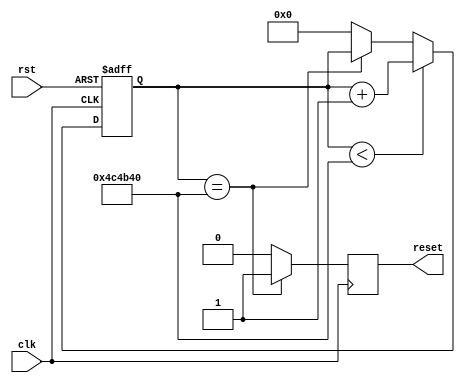
module internal_reset(
	input rst,
    input        clk,
    output reg   reset
);
parameter cnt_cmp = 24'd5000000;
reg [23:0] clk_cnt;

always @(posedge clk or negedge rst) begin
	 if(!rst)
		clk_cnt <= 0;
    else if(clk_cnt < cnt_cmp)  
        clk_cnt <= clk_cnt + 1;
    else if(clk_cnt == cnt_cmp)  
        clk_cnt <= clk_cnt;
    else 
        clk_cnt <= 0;
end

always @(posedge clk) begin
    if(clk_cnt == cnt_cmp)
        reset <= 1'b1;
    else
        reset <= 0;
end

endmodule